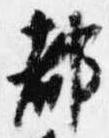
都